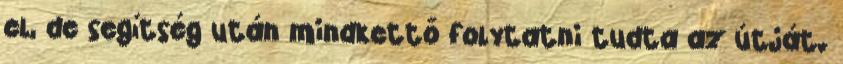
el, de segítség után mindkettő folytatni tudta az útját.